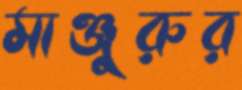
মাঞ্জুরুর